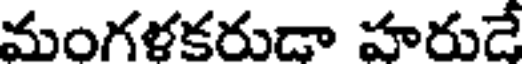
మంగళకరుడా హరుడే